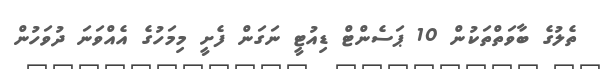
ތެލުގެ ބާވަތްތަކުން 10 ޕަސެންޓް ޑިއުޓީ ނަގަން ފެށީ މިމަހުގެ އެއްވަނަ ދުވަހުން